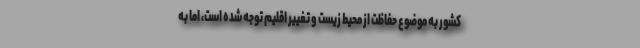
کشور به موضوع حفاظت از محیط زیست و تغییر اقلیم توجه شده است، اما به